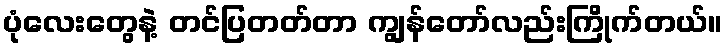
ပုံလေးတွေနဲ့ တင်ပြတတ်တာ ကျွန်တော်လည်းကြိုက်တယ်။